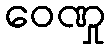
ဝေဏှု